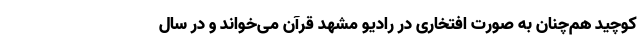
کوچید هم‌‌چنان به صورت افتخاری در رادیو مشهد قرآن می‌خواند و در سال